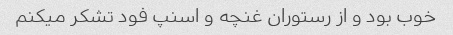
خوب بود و از رستوران غنچه و اسنپ فود تشکر میکنم